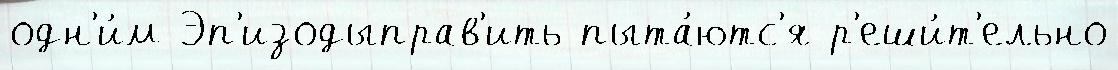
одн'и́м Эп'изодыправ'ить пыта́ютс'я р'еши́т'ельно